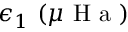
\epsilon _ { 1 } ~ ( \mu \mathrm { ~ H ~ a ~ } )